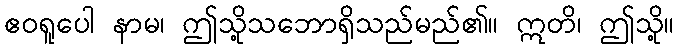
ဧဝရူပေါ နာမ၊ ဤသို့သဘောရှိသည်မည်၏။ ဣတိ၊ ဤသို့။